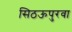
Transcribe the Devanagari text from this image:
सिठऊपुरवा